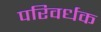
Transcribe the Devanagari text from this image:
परिवर्धक